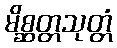
မိစ္ဆတ္တသုတ္တံ